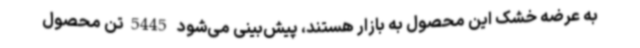
به عرضه خشک این محصول به بازار هستند، پیش‌بینی می‌شود 5445تن محصول